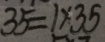
3 5 = 1 \times 3 5